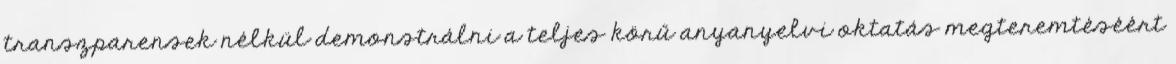
transzparensek nélkül demonstrálni a teljes körű anyanyelvi oktatás megteremtéséért